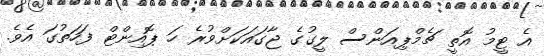
އެ ޓީމު އޮތީ ޗެމްޕިއަންސް ލީގުގެ ޖާގައަކަށްވުރެ ހަ ޕޮއިންޓް ފަހަތުގަ އެވެ.